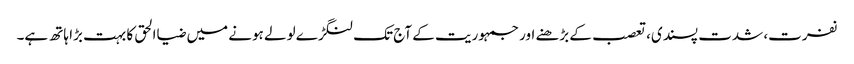
نفرت، شدت پسندی، تعصب کے بڑھنے اور جمہوریت کے آج تک لنگڑے لولے ہونے میں ضیاالحق کا بہت بڑا ہاتھ ہے۔